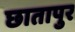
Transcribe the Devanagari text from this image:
छातापुर